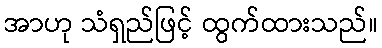
အာဟု သံရှည်ဖြင့် ထွက်ထားသည်။